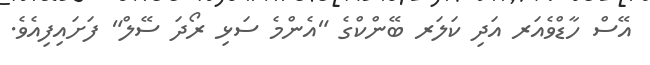
އޭސް ހާޑްވެއަރ އަދި ކަލަރ ބޭންކްގެ "އެންމެ ސަޅި ރޯދަ ސޭލް" ފަށައިފިއެވެ.